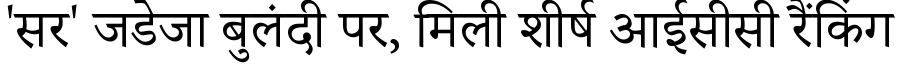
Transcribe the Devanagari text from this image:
'सर' जडेजा बुलंदी पर, मिली शीर्ष आईसीसी रैंकिंग